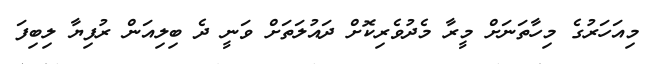
މިއަހަރުގެ މިހާތަނަށް މީރާ މެދުވެރިކޮށް ދައުލަތަށް ވަނީ ދެ ބިލިއަން ރުފިޔާ ލިބިފަ